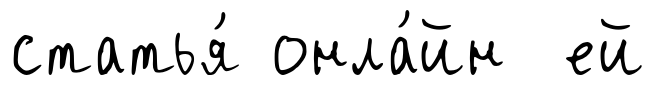
статья́ онла́йн ей